Calcutta medical institutions reports 1892-1900
Year: 1892
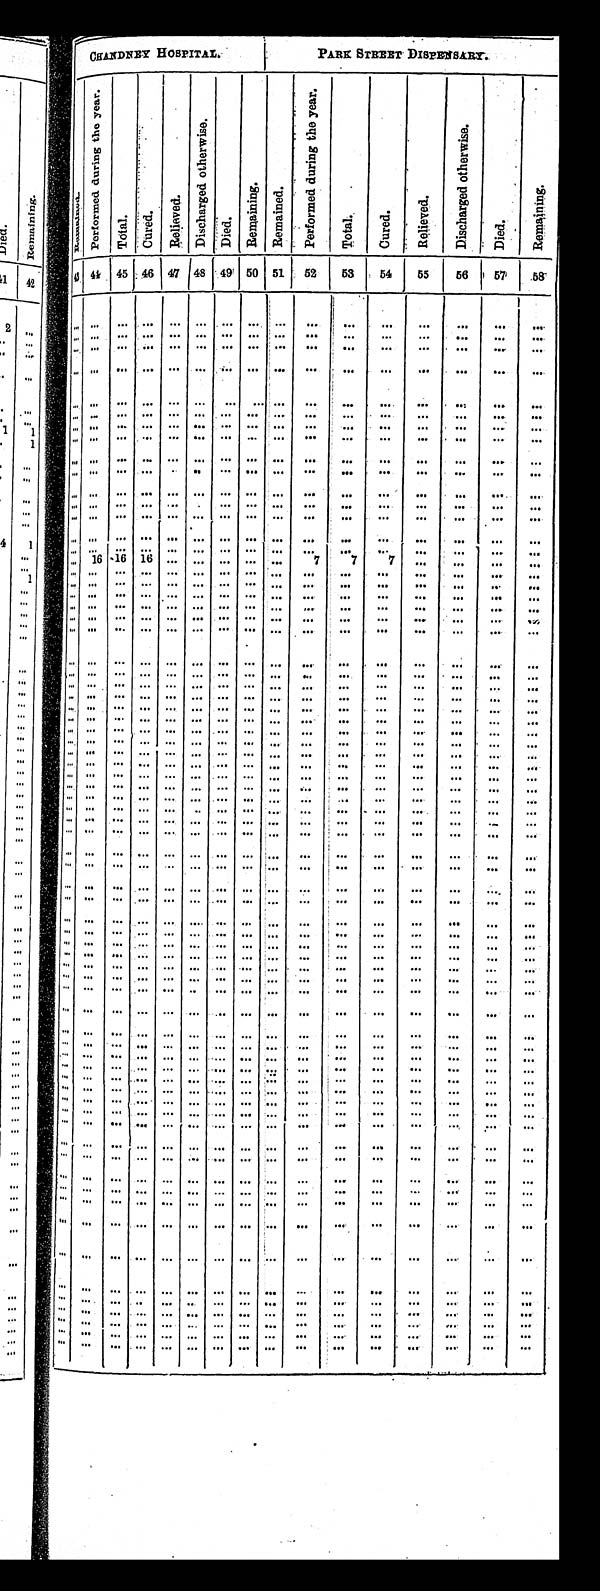
C H A N D N E Y H O S P I T A L .
P A R K S T R E E T D I S P E N S A R Y .
R e m a i n e d .
P e r f o r m e d d u r i n g t h e y e a r .
T o t a l .
Cured.
R e l i e v e d .
D i s c h a r g e d o t h e r w i s e .
Di e d .
R e m a i n i n g .
R e m a i n e d .
P e r f o r m e d d u r i n g t h e y e a r .
T o t a l .
C u r e d .
R e l i e v e d .
D i s c h a r g e d o t h e r w i s e .
D i e d .
R e m a i n i n g .
43 44
45 46
47 48
49 50
51
52
53
5 4 55
56
5 7
58
. . . . . .
. . .
. . .
. . . . . .
. . .
. . .
. . .
. . . . . .
. . .
. . . . . .
. . .
. . .
. . . . . .
. . .
. . .
. . . . . .
. . .
. . .
. . .
. . . . . .
. . .
. . . . . .
. . .
. . .
. . .
. . .
. . .
. . .
. . .. . .
. . .
. . .
. . .
. . . . . .
. . .
. . . . . .
. . .
. . .
. . .
. . .
. . .
. . .
. . .. . .
. . .
. . .
. . .
. . .
. . .
. . .
. . . . . .
. . .
. . .
. . .
. . .
. . .
. . .
. . .. . .
. . .
. . .
. . .
. . .. . .
. . .
. . . . . .
. . .
. . .
. . .
. . .
. . .
. . .
. . .. . .
. . .
. . .
. . .
. . .. . .
. . .
. . . . . .
. . .
. . .
. . .
. . .
. . .
. . .
. . .. . .
. . .
. . .
. . .
. . .. . .
. . .
. . . . . .
. . .
. . .
. . .
. . .
. . .
. . .
. . .. . .
. . .
. . .
. . .
. . .. . .
. . .
. . . . . .
. . .
. . .
. . .
. . .
. . .
. . .
. . .. . .
. . .
. . .
. . .
. . .. . .
. . .
. . . . . .
. . .
. . .
. . .
. . .
. . .
. . .
. . .. . .
. . .
. . .
. . .
. . .. . .
. . .
. . . . . .
. . .
. . .
. . .
. . .
. . .
. . .
. . .. . .
. . .
. . .
. . .
. . .. . .
. . .
. . .
. . .
. . .
. . .
. . .
. . .
. . .
. . .
. . .. . .
. . .
. . .
. . .
. . .. . .
. . .
. . . . . .
. . .
. . .
. . .
. . .
. . .
. . .
. . .. . .
. . .
. . .
. . .
. . .. . .
. . .
. . . . . .
. . .
. . .
. . .
. . .
. . .
. . .
. . .. . .
. . .
. . .
. . .
. . .. . .
. . .
. . . . . .
. . .
. . .
. . .
. . .
. . .
. . .
. . .. . .
. . .
. . .
. . .
. . .. . .
. . .
. . . . . .
. . .
. . .
. . .
1 6
1 6
1 6
. . .. . .
. . .
. . .
. . .
7
7
7
. . . . . .
. . .
. . .
. . .
. . .
. . .
. . .
. . .. . .
. . .
. . .
. . .
. . .. . .
. . .
. . . . . .
. . .
. . .
. . .
. . .
. . .
. . .
. . .. . .
. . .
. . .
. . .
. . .. . .
. . .
. . . . . .
. . .
. . .
. . .
. . .
. . .
. . .
. . .. . .
. . .
. . .
. . .
. . .. . .
. . .
. . . . . .
. . .
. . .
. . .
. . .
. . .
. . .
. . .. . .
. . .
. . .
. . .
. . .. . .
. . .
. . . . . .
. . .
. . .
. . .
. . .
. . .
. . .
. . .. . .
. . .
. . .
. . .
. . .. . .
. . .
. . . . . .
. . .
. . .
. . .
. . .
. . .
. . .
. . .. . .
. . .
. . .
. . .
. . .. . .
. . .
. . . . . .
. . .
. . .
. . .
. . .
. . .
. . .
. . .. . .
. . .
. . .
. . .
. . . . . .
. . .
. . . . . .
. . .
. . .
. . .
. . .
. . .
. . .
. . .. . .
. . .
. . .
. . .
. . .. . .
. . .
. . . . . .
. . .
. . .
. . .
. . .
. . .
. . .
. . .. . .
. . .
. . .
. . .
. . .. . .
. . .
. . . . . .
. . .
. . .
. . .
. . .
. . .
. . .
. . .. . .
. . .
. . .
. . .
. . .. . .
. . .
. . . . . .
. . .
. . .
. . .
. . .
. . .
. . .
. . .. . .
. . .
. . .
. . .
. . .. . .
. . .
. . . . . .
. . .
. . .
. . .
. . .
. . .
. . .
. . .. . .
. . .
. . .
. . .
. . .. . .
. . .
. . . . . .
. . .
. . .
. . .
. . .
. . .
. . .
. . .. . .
. . .
. . .
. . .
. . .. . .
. . .
. . . . . .
. . .
. . .
. . .
. . .
. . .
. . .
. . .. . .
. . .
. . .
. . .
. . .. . .
. . .
. . . . . .
. . .
. . .
. . .
. . .
. . .
. . .
. . .. . .
. . .
. . .
. . .
. . .. . .
. . .
. . . . . .
. . .
. . .
. . .
. . .
. . .
. . .
. . .. . .
. . .
. . .
. . .
. . .. . .
. . .
. . . . . .
. . .
. . .
. . . . . .
. . .
. . .
. . . . . .
. . .
. . .
. . .
. . .
. . .
. . .
. . .
. . .
. . .
. . .
. . .
. . .
. . .
. . .
. . .. . .
. . .
. . .
. . .
. . . . . .
. . .
. . .
. . .
. . .
. . .
. . . . . .
. . .
. . .
. . . . . .
. . .
. . .
. . .
. . .
. . .
. . .
. . .
. . .
. . .
. . .
. . . . . .
. . .
. . .
. . .
. . .
. . .
. . .
. . .
. . .
. . .
. . .
. . .
. . .
. . .
. . .
. . .
. . .
. . .
. . .
. . .. . .
. . .
. . .
. . .
. . . . . .
. . .
. . .
. . .
. . .
. . .
. . .
. . .
. . .
. . .
. . .. . .
. . .
. . .
. . .
. . . . . .
. . .
. . .
. . .
. . .
. . .
. . .
. . .
. . .
. . .
. . .. . .
. . .
. . .
. . .
. . . . . .
. . .
. . .
. . .
. . .
. . .
. . .
. . .
. . .
. . .
. . .. . .
. . .
. . .
. . .
. . . . . .
. . .
. . .
. . .
. . .
. . .
. . .
. . .
. . .
. . .
. . .. . .
. . .
. . .
. . .
. . . . . .
. . .
. . .
. . .
. . .
. . .
. . .
. . .
. . .
. . .
. . .. . .
. . .
. . .
. . .
. . . . . .
. . .
. . .
. . .
. . .
. . .
. . .
. . . . . .
. . .
. . .. . .
. . .
. . .
. . .
. . . . . .
. . .
. . .
. . .
. . .
. . .
. . .
. . .
. . .
. . .
. . .
. . .
. . .
. . .
. . .
. . . . . .
. . .
. . .
. . .
. . .
. . .
. . .
. . .
. . .
. . .
. . .
. . .
. . .
. . .
. . .
. . . . . .
. . .
. . .
. . .
. . .
. . .
. . .
. . .
. . .
. . .
. . .
. . .
. . .
. . .
. . .
. . . . . .
. . .
. . .
. . .
. . .
. . .
. . . . . .
. . .
. . .
. . .
. . .
. . .
. . .
. . .
. . .
. . .
. . .
. . .
. . .
. . .
. . .
. . . . . .
. . .
. . .
. . .
. . .
. . .
. . .
. . .
. . .
. . .
. . .
. . .
. . .
. . .
. . .
. . .
. . .
. . .
. . .
. . .
. . .
. . .
. . .
. . .
. . .. . .
. . .
. . . . . .
. . .
. . .
. . .
. . .
. . .
. . .
. . .
. . .
. . .
. . .
. . .
. . .
. . .. . .
. . . . . .
. . .
. . .
. . .
. . .
. . .. . .
. . .
. . .
. . .
. . .
. . .
. . .
. . .
. . .
. . . . . .
. . .
. . .
. . .
. . .
. . .
. . .
. . .
. . .
. . .
. . .
. . .
. . .
. . .
. . .
. . . . . .
. . .
. . .
. . . . . .
. . .
. . .
. . .
. . .
. . .
. . .
. . .
. . .
. . .
. . .
. . . . . .
. . .
. . .
. . .
. . .
. . .
. . .
. . .
. . .
. . .
. . .
. . .
. . .
. . .
. . .
. . . . . .
. . .
. . .
. . . . . .
. . .
. . .
. . .
. . .
. . .
. . .
. . .
. . .
. . .
. . .
. . .
. . .
. . .
. . .
. . .
. . .
. . .
. . .
. . .
. . .
. . .
. . .
. . .
. . .
. . .
. . .
. . . . . .
. . .
. . .
. . .
. . .
. . .
. . .
. . .
. . .
. . .
. . .
. . .
. . .
. . .
. . .
. . . . . .
. . .
. . .
. . .
. . .
. . .
. . .
. . .
. . .
. . .
. . .
. . .
. . .
. . .
. . .
. . . . . .
. . .
. . .
. . .
. . .
. . .
. . .
. . .
. . .
. . .
. . .
. . .
. . .
. . .
. . .
. . .
. . .
. . .. . .
. . .
. . .
. . .
. . .
. . .
. . .
. . .
. . .. . .
. . .
. . .
. . .
. . .
. . .
. . .. . .
. . .
. . .
. . .
. . .
. . .
. . .
. . .
. . .. . .
. . .
. . .
. . .
. . .
. . .
. . .. . .
. . .
. . .
. . .
. . .
. . .
. . .
. . .
. . .. . .
. . .
. . .
. . .
. . .
. . .
. . .. . .
. . .
. . .
. . .
. . .
. . .
. . .
. . .
. . .
. . .
. . .
. . .
. . .
. . .
. . .
. . .
. . .
. . .
. . .
. . .
. . .
. . .
. . .
. . .
. . .. . .
. . .
. . .
. . .
. . .
. . .
. . .. . .
. . .
. . .
. . .
. . .
. . .
. . .
. . .
. . .. . .
. . .
. . .
. . .
. . .
. . .
. . .. . .
. . .
. . .
. . .
. . .
. . .
. . .
. . .
. . .
. . .
. . .
. . .
. . .
. . .
. . .
. . .. . .
. . .
. . .
. . .
. . .
. . .
. . .
. . .
. . .. . .
. . .
. . .
. . .
. . .
. . .
. . .. . .
. . .
. . .
. . .
. . .
. . .
. . .
. . .
. . .. . .
. . .
. . .
. . .
. . .
. . .
. . .. . .
. . .
. . .
. . .
. . .
. . .
. . .
. . .
. . .. . .
. . .
. . .
. . .
. . .
. . .
. . .. . .
. . .
. . .
. . .
. . .
. . .
. . .
. . .
. . .. . .
. . .
. . .
. . .
. . .
. . .
. . .. . .
. . .
. . .
. . .
. . .
. . .
. . .
. . .
. . .. . .
. . .
. . .
. . .
. . .
. . .
. . .. . .
. . .
. . .
. . .
. . .
. . .
. . .
. . .
. . .. . .
. . .
. . .
. . .
. . .
. . .
. . .
. . .